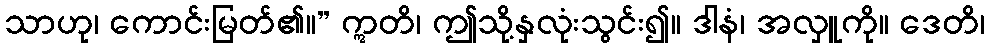
သာဟု၊ ကောင်းမြတ်၏။” ဣတိ၊ ဤသို့နှလုံးသွင်း၍။ ဒါနံ၊ အလှူကို။ ဒေတိ၊